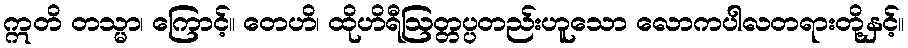
ဣတိ တသ္မာ၊ ကြောင့်။ တေဟိ၊ ထိုဟိရီဩတ္တပ္ပတည်းဟူသော လောကပါလတရားတို့နှင့်။